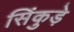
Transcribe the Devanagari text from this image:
सिंकुड़े